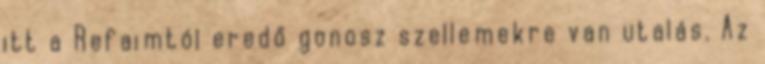
itt a Refaimtól eredő gonosz szellemekre van utalás. Az